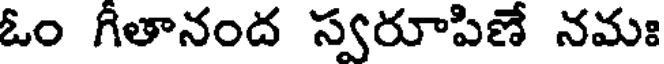
ఓం గీతానంద స్వరూపిణే నమః